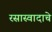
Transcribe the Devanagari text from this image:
रसास्वादाचे